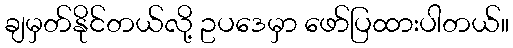
ချမှတ်နိုင်တယ်လို့ ဥပဒေမှာ ဖော်ပြထားပါတယ်။